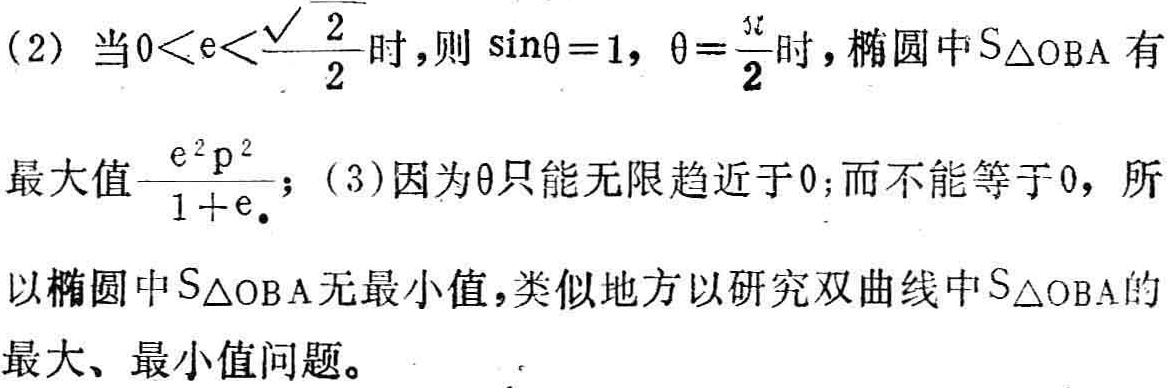
(2) 当\(0 < e < \frac{\sqrt{2}}{2}\)时，则\(\sin\theta = 1\)，\(\theta = \frac{\pi}{2}\)时，椭圆中\(S_{\triangle OBA}\)有最大值\(\frac{e^{2}p^{2}}{1 + e}\)；(3)因为\(\theta\)只能无限趋近于\(0\)，而不能等于\(0\)，所以椭圆中\(S_{\triangle OBA}\)无最小值，类似地可以研究双曲线中\(S_{\triangle OBA}\)的最大、最小值问题。